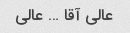
عالی آقا … عالی